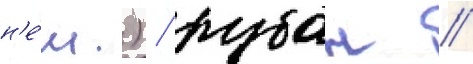
н'е́м.) / рубан /